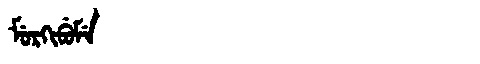
Manchu: ᠮᡠᡵᡴᡳᠪᡠᠮᡝ
Romanization: MURKIBUME